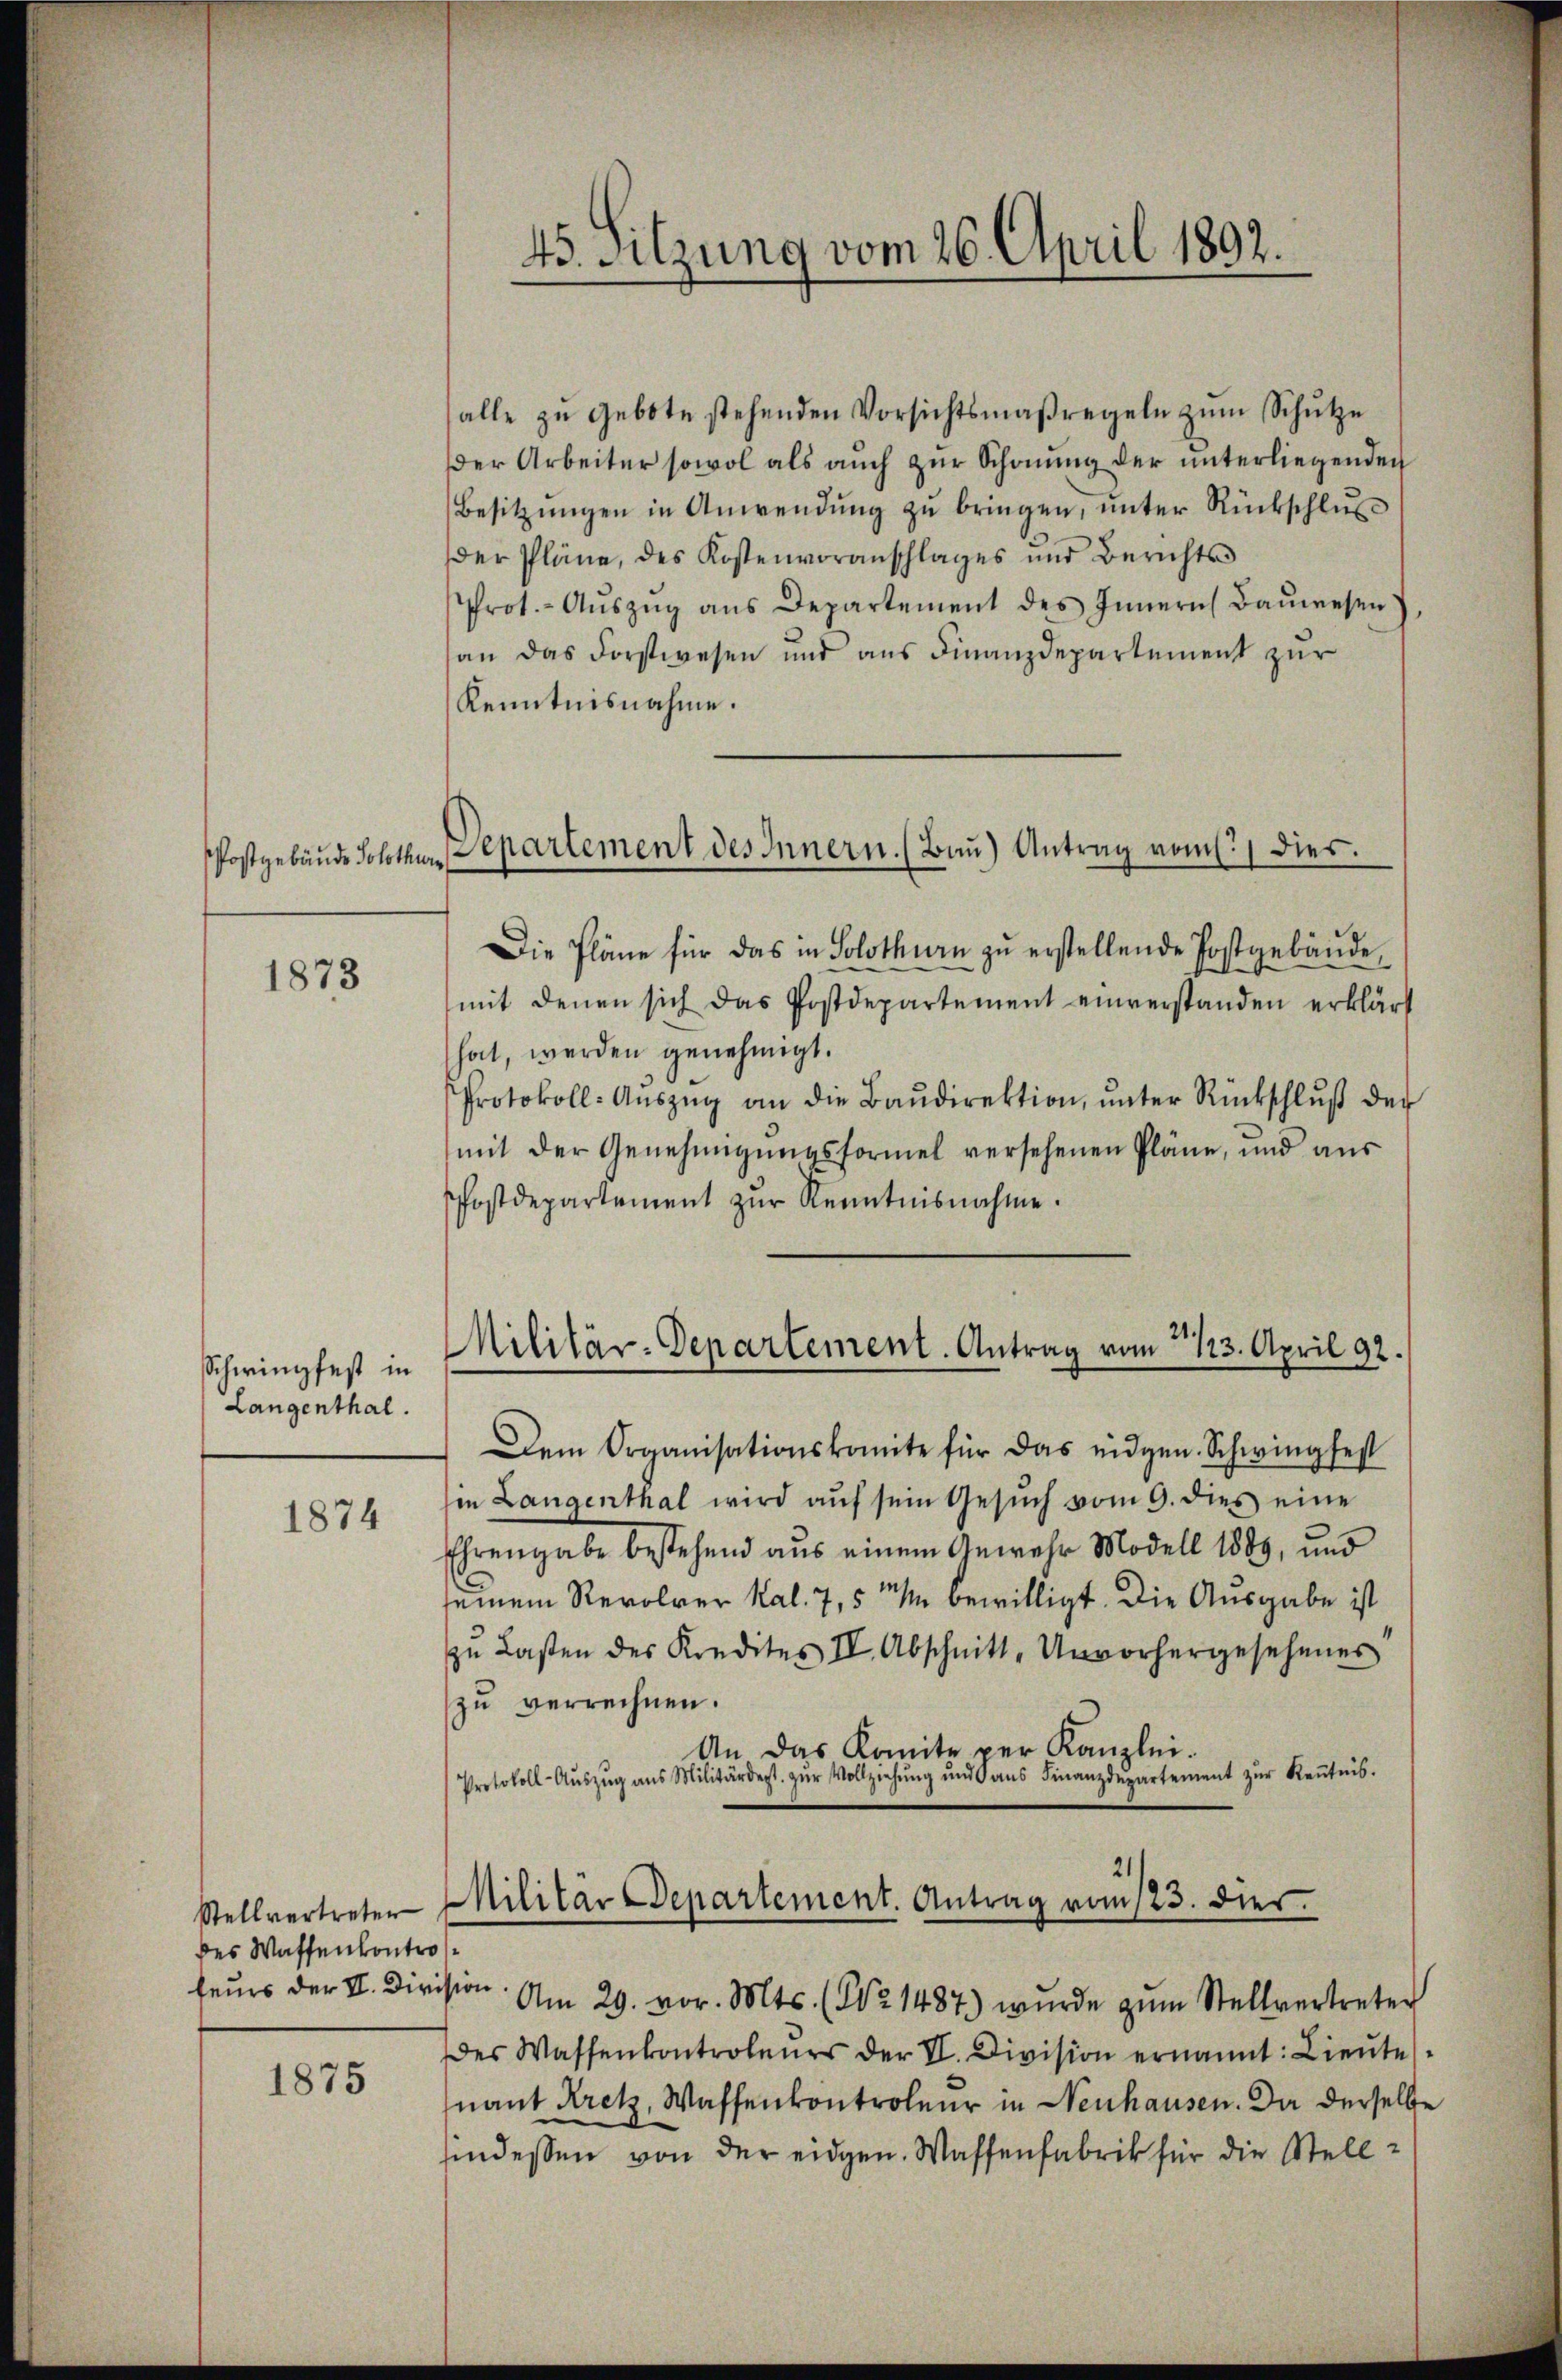
1873

Schwingfest in
Langenthal.

1874

Stellvertreten
des Waffenkontro
feurs der II. Diri

1875

45. Sitzung vom 26. April 1892.

Postgebäude Solothur, Departement des Innern. (Bau) Antrag vom 1.) Dies

alle zŭ gebote stehenden Vorsichtsmaßregeln zŭm Schŭtze
der Arbeiter sowol als aŭch zŭr Schonung der ŭnterliegenden
Besitzŭngen in Anwendŭng zŭ bringen, ŭnter Rückschlŭs
der Pläne, des Kostenvoranschlages und Berichts
Prot. - Aŭszŭg ans Departement des Innern Baŭwesen
an das Forstwesen und aus Finanzdepartement zur
Kenntnisnahme.
Die Pläne für das in Solothurn zŭ erstellende Postgebäŭde
mit denen sich das Postdepartement einverstanden erklärt
hat, werden genehmigt.
Protokoll- Aŭszŭg an die Baŭdirektion, ŭnter Rückschlŭβ der
mit der Genehmigŭngsformel versehenen Pläne, und aus
Postdepartement zŭr Kenntnisnahme.
Dem Organisationskomite für das eidgen. Schwingfest
in Langenthal wird aŭf sein Gesŭch vom 9. dies eine
Ehrengabe bestehend aus einem Gewehr Modell 1889, und
seinem Revolver Kal. 7,5 % bewilligt. Die Ausgabe ist
zŭ Lasten des Kredites IV. Abschnitt, Unvorhergesehener
zu verrechnen.
An das Komite per Kanzlei.
Protokoll-Aŭszŭg ans Militärdept. zŭr Vollziehŭng ŭnd ans Finanzdepartement zŭr Keṅtnis.
e
ision. Am 29. vor. Mts. (Nr. 1487) wurde zŭm Stellvertreten
des Wassenkontroleurs der II. Division ernannt: Lieŭte
nant Kretz, Waffenkontroleur in Neuhausen. Da derselbe
findessen von der eidgen. Wassenfabrik für die Stell¬

Militär-Departement. Antrag vom 2123. April 92.

Militär Departement. Antrag vom 123. dies